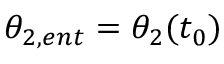
\theta _ { 2 , e n t } = \theta _ { 2 } ( t _ { 0 } )